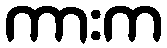
ကားက